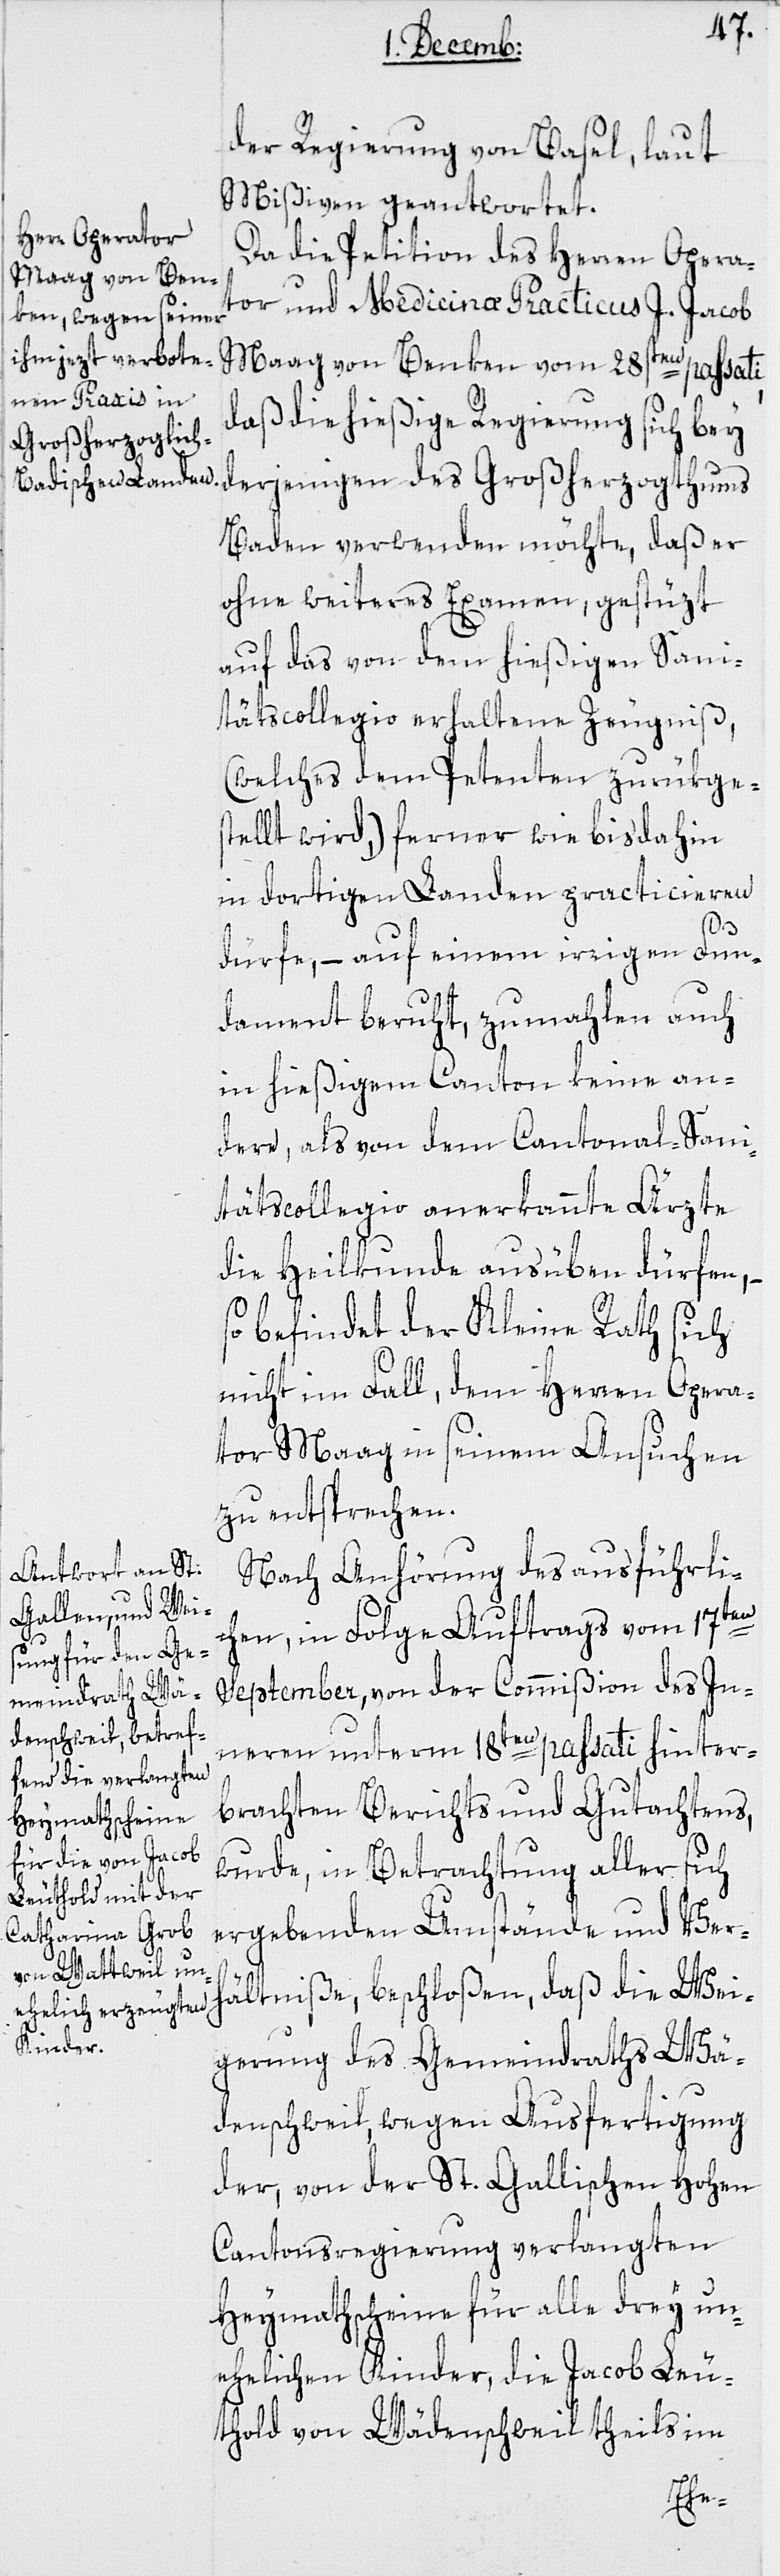
der Regierung von Basel, laut
Mißiven, geantwortet.
Da die Petition des Herren Opera¬
tor und Medicinæ Practicus J. Jacob
Maag von Benken vom 28sten passati,
daß die hießige Regierung sich bey
derjenigen des Großherzogthums
Baden verwenden möchte, daß er
ohne weiteres Examen, gestüzt
auf das von dem hießigen Sani¬
tätscollegio erhaltene Zeugniß,
(welches dem Petenten zurükges¬
tellt wird,) ferner wie bisdahin
in dortigen Landen practicieren
dürfe, – auf einem irrigen Fun¬
dament beruht, zumahlen auch
in hießigem Canton keine an¬
dere, als von dem Cantonal-Sani¬
tätscollegio anerkannte Ärzte
die Heilkunde ausüben dürfen, –
so befindet der Kleine Rath sich
nicht im Fall, dem Herren Opera¬
tor Maag in seinem Ansuchen
zu entsprechen.
Nach Anhörung des ausführli¬
chen, in Folge Auftrags vom 17ten
September, von der Commißion des In¬
nern unterm 18ten passati hinter¬
brachten Berichts und Gutachtens,
wurde, in Betrachtung aller sich
ergebenden Umstände und Ver¬
hältniße, beschloßen, daß die Wei¬
gerung des Gemeindraths Wä¬
denschweil, wegen Ausfertigung
der, von der St. Gallischen Hohen
Cantonsregierung verlangten
Heymathscheine für alle drey un¬
ehelichen Kinder, die Jacob Leu¬
thold von Wädenschweil theils im